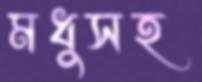
মধুসহ